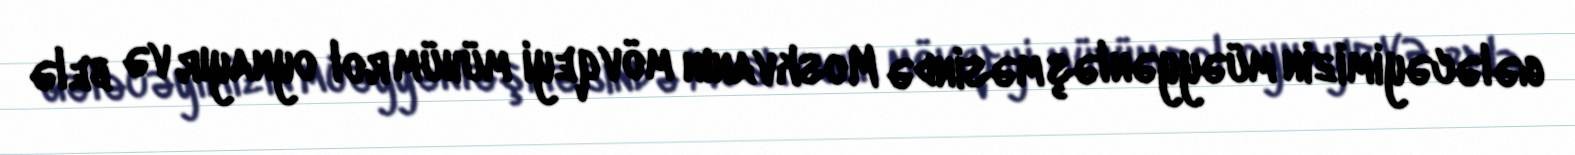
gələcəyimizin müəyyənləşməsində Moskvanın mövqeyi mühüm rol oynayır və belə